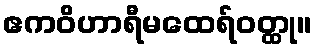
ဧကဝိဟာရီမထေရ်ဝတ္ထု။